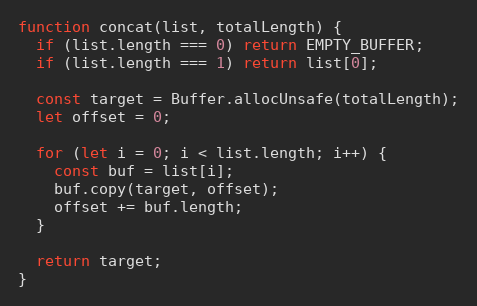
Language: JavaScript
function concat(list, totalLength) {
  if (list.length === 0) return EMPTY_BUFFER;
  if (list.length === 1) return list[0];

  const target = Buffer.allocUnsafe(totalLength);
  let offset = 0;

  for (let i = 0; i < list.length; i++) {
    const buf = list[i];
    buf.copy(target, offset);
    offset += buf.length;
  }

  return target;
}